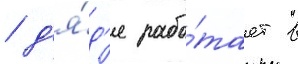
/ д'я́д'я рабо́тает в